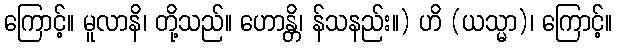
ကြောင့်။ မူလာနိ၊ တို့သည်။ ဟောန္တိ၊ န်သနည်း။) ဟိ (ယသ္မာ)၊ ကြောင့်။